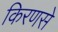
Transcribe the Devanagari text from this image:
किरणसे